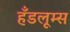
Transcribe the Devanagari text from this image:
हँडलूम्स